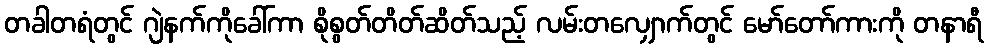
တခါတရံတွင် ဂျဲနက်ကိုခေါ်ကာ စိုစွတ်တိတ်ဆိတ်သည့် လမ်းတလျှောက်တွင် မော်တော်ကားကို တနာရီ